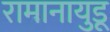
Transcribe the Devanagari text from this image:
रामानायुडू